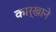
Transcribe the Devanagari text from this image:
कार्खाने